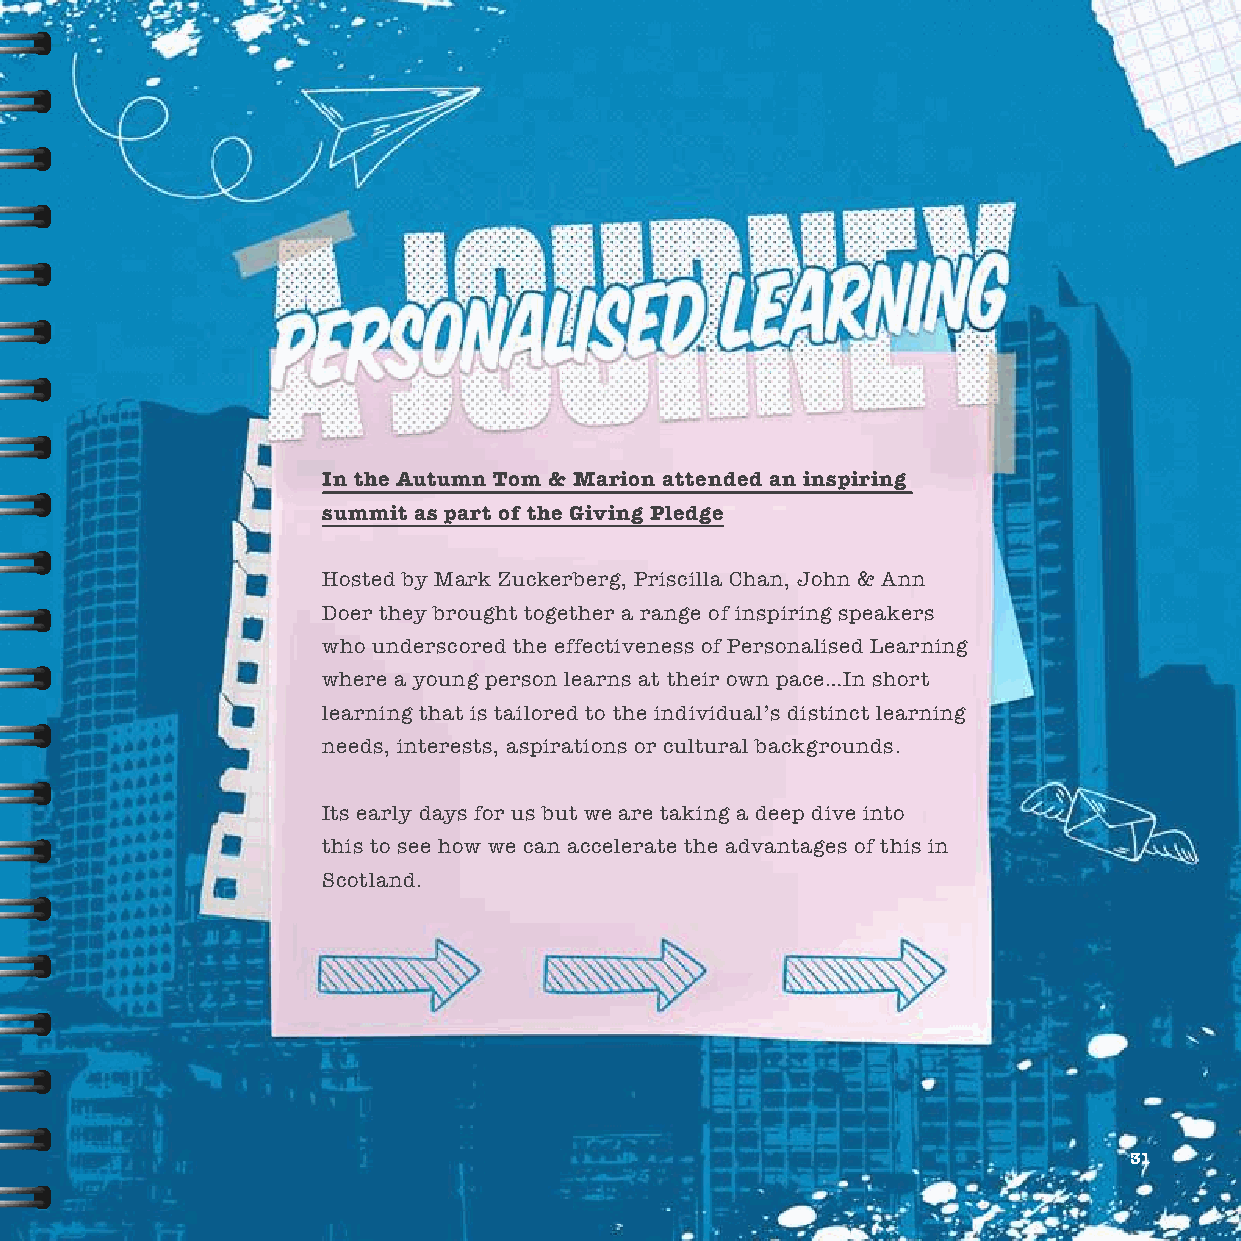
In the Autumn Tom & Marion attended an inspiring
 summit as part of the Giving Pledge
 Hosted by Mark Zuckerberg, Priscilla Chan, John & Ann
 Doer they brought together a range of inspiring speakers
 who underscored the effectiveness of Personalised Learning
 where a young person learns at their own pace…In short
 learning that is tailored to the individual’s distinct learning
 needs, interests, aspirations or cultural backgrounds.
 Its early days for us but we are taking a deep dive into
 this to see how we can accelerate the advantages of this in
 Scotland.
 31